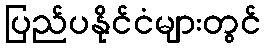
ပြည်ပနိုင်ငံများတွင်